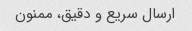
ارسال سریع و دقیق، ممنون